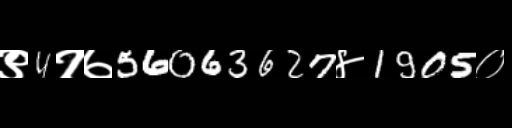
Text: ९4१७56063627४1905०